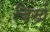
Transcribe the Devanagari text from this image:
बिर्ख